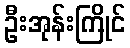
ဦးအုန်းကြိုင်